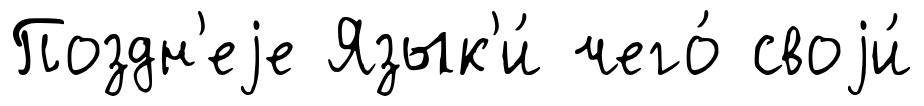
Поздн'еjе Язык'и́ чего́ своjи́